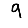
Digit: 9